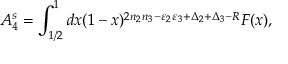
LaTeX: A _ { 4 } ^ { s } = \int _ { 1 / 2 } ^ { 1 } d x ( 1 - x ) ^ { 2 n _ { 2 } n _ { 3 } - \varepsilon _ { 2 } \varepsilon _ { 3 } + \Delta _ { 2 } + \Delta _ { 3 } - R } F ( x ) ,